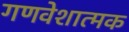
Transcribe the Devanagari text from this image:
गणवेशात्मक